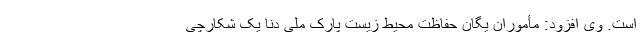
است. وی افزود: مأموران یگان حفاظت محیط زیست پارک ملی دنا یک شکارچی